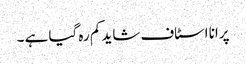
پرانا اسٹاف شاید کم رہ گیا ہے ۔